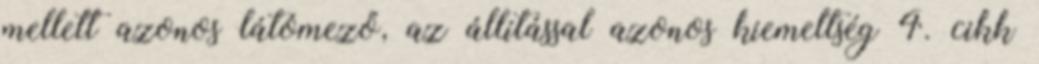
mellett azonos látómező, az állítással azonos kiemeltség 4. cikk